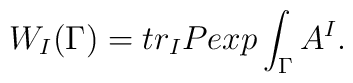
W_{I}(\Gamma)=tr_{I}Pexp\int_{\Gamma}A^{I}.